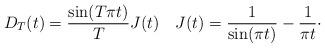
LaTeX: \begin{align*} D_T(t) = \frac{\sin(T \pi t)}{T} J(t) \quad J(t) = \frac{1}{\sin(\pi t)} - \frac{1}{\pi t}\cdot\end{align*}